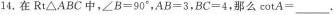
14.在 Rt\triangle ABC中,$$\angle B=90^{\circ}$$,$$AB=3$$,$$BC=4$$,那么 $$cotA=___$$.